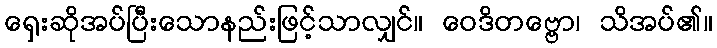
ရှေးဆိုအပ်ပြီးသောနည်းဖြင့်သာလျှင်။ ဝေဒိတဗ္ဗော၊ သိအပ်၏။